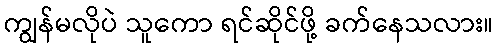
ကျွန်မလိုပဲ သူကော ရင်ဆိုင်ဖို့ ခက်နေသလား။